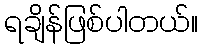
ရချိန်ဖြစ်ပါတယ်။